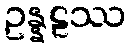
ဥန္နဠဿ